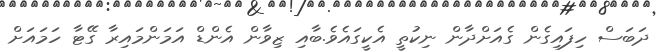
ދަބަސް ހިފައިގެން ގެއަށްދާން ނިކުތީ އެކީގައެވެ.ބާއި ޒިވާން އެންޑް އަމަންމައިރާ ގޭޓާ ހަމައަށް